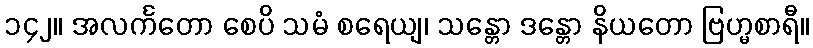
၁၄၂။ အလင်္ကတော စေပိ သမံ စရေယျ၊ သန္တော ဒန္တော နိယတော ဗြဟ္မစာရီ။